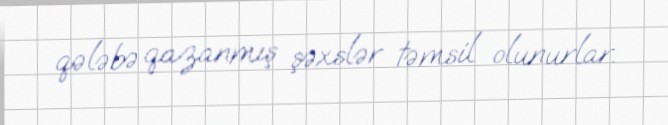
qələbə qazanmış şəxslər təmsil olunurlar.